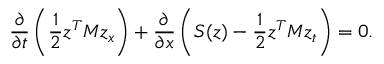
\frac { \partial } { \partial t } \left( \frac { 1 } { 2 } z ^ { T } M z _ { x } \right) + \frac { \partial } { \partial x } \left( S ( z ) - \frac { 1 } { 2 } z ^ { T } M z _ { t } \right) = 0 .